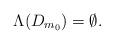
\begin{align*}\Lambda(D_{m_0}) = \emptyset. \end{align*}